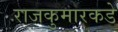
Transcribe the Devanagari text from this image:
राजकुमारकडे